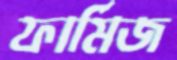
ফার্মিজ